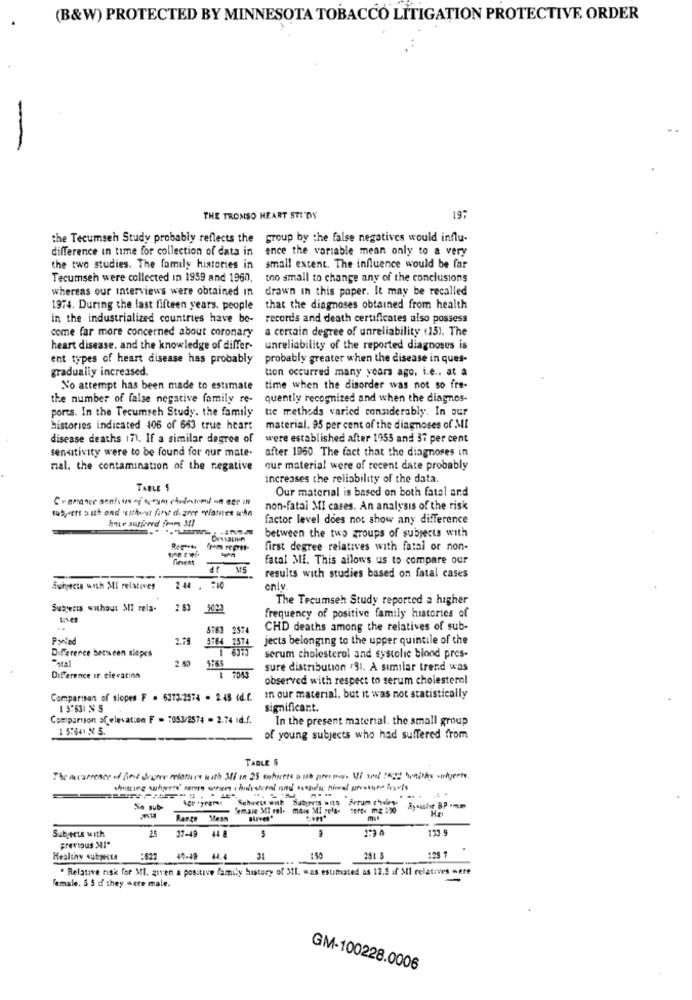
(B&W) PROTECTED BY MINNESOTA TOBACCO LITIGATION PROTECTIVE ORDER
-
THE TROMSO HEART STIDW
19:
the Tecumseh Study probably reflects the group by the false negatives would influ-
difference in time for collection of data in
ence the variable mean only to a very
the two studies. The family histories in
small extent. The influence would be far
Tecumseh were collected in 1959 and 1960,
too small to change any of the conclusions
whereas our interviews were obtained in
drawn in this paper. It may be recalled
1974. During the last fifteen years. people that the diagnoses obtained from health
in the industrialized countries have be-
records and death certificates also possess
come far more concerned about coronary
a certain degree of unreliability (15). The
heart disease. and the knowledge of differ-
unreliability of the reported diagnoses is
ent types of heart disease has probably
probably greater when the disease in ques-
gradually increased.
tion occurred many years ago, i.e .. at a
No attempt has been made to estimate
time when the disorder was not so fre-
the number of false negative family re-
quently recognized and when the diagnos-
ports. In the Tecumseh Study. the family
te methods varied considerably. In our
histories indicated 106 of 663 true heart
material. 95 per cent of the diagnoses of MI
disease deaths 17). If a similar degree of
were established after 1955 and 37 per cent
sensitivity were to be found for our mate.
after 1960. The fact that the diagnoses in
mal. the contamination of the negative
our material were of recent date probably
increases the reliability of the data.
TABLE 5
Our material is based on both fatal and
Coamance sentsus of arymetadaten an age in
tuby-ett auth end ettheut first degree relaties wka
non-fatal MI cases. An analysis of the risk
factor level does not show any difference
between the two groups of subjects with
first degree relatives with fatal or non-
Tibest
fatal Mi. This allows us to compare our
MS
results with studies based on fatal cases
Subjects with MI relatives
2.44
only.
The Tecumseh Study reported a higher
Subjects without Stl cela.
2 63
5023
frequency of positive family histories of
5763 2574
CHD deaths among the relatives of sub-
2.79
jects belonging to the upper quintile of the
Difference between slopes
3764 257
=etal
serum cholesterol and systolic blond pres-
2.50
1 1043
sure distribution .91. A similar trend was
Difference ir clevatinn
observed with respect to serum cholesterol
Comparison of slopes F . 6373-2574 . 2.45 (d.r. in our material. but it was not statistically
significant.
Comparison of elevation F = "053/2574 - 2.74 1d.f.
In the present material. the small group
1 5:64 3 5.
of young subjects who had suffered from
TABLE &
The acarrence of fine digere eelature with 300 in 25 entutte outh per mas VI wod De benithy -nyerte.
Schuett with Subports wILS
Serum chales
3 sub-
Semaie MI rel. mais MI rela-
Range Mean
25
37-49
+48
135 9
Subjects with
previous SI"
Healthy subjects
:622 40-49 44.4
31
150
181 5
. Relative risk for MI. given a positive family history of 3II. was estimated as 12.5 if Ml relatives mere
female. 5 5 if they were male.
GM-100228.0006